Vaccination North-Western Provinces 1866-1877 - 1866-1877
Year: 1866
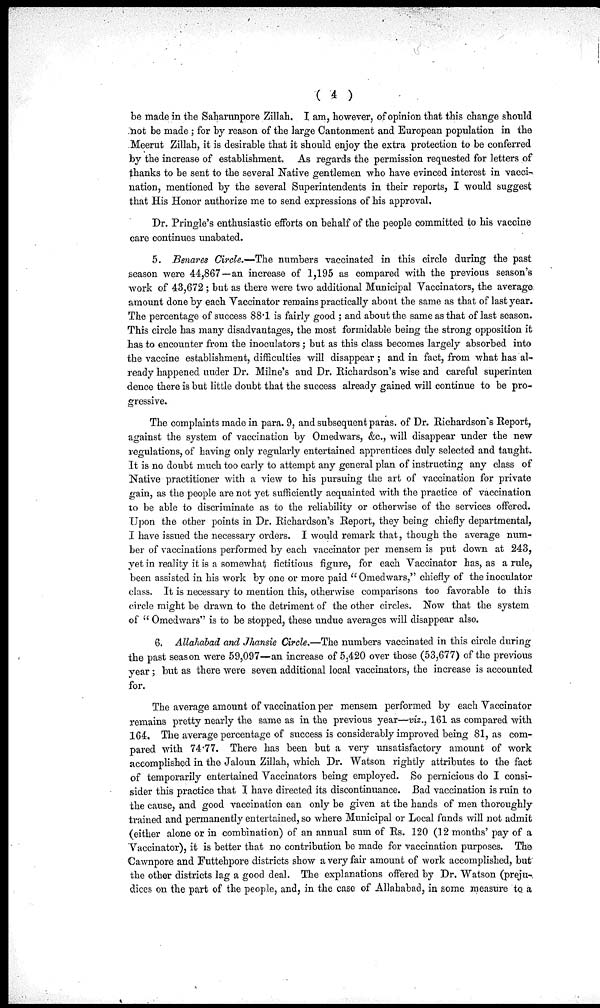
( 4 )
be made in the Saharunpore Zillah. I am, however, of opinion that this change should
not be made ; for by reason of the large Cantonment and European population in the
Meerut Zillah, it is desirable that it should enjoy the extra protection to be conferred
by the increase of establishment. As regards the permission requested for letters of
thanks to be sent to the several Native gentlemen who have evinced interest in vacci-
nation, mentioned by the several Superintendents in their reports, I would suggest
that His Honor authorize me to send expressions of his approval.
Dr. Pringle's enthusiastic efforts on behalf of the people committed to his vaccine
care continues unabated.
5. Benares Circle.—The numbers vaccinated in this circle during the past
season were 44,867—an increase of 1,195 as compared with the previous season's
work of 43,672 ; but as there were two additional Municipal Vaccinators, the average
amount done by each Vaccinator remains practically about the same as that of last year.
The percentage of success 88.1 is fairly good ; and about the same as that of last season.
This circle has many disadvantages, the most formidable being the strong opposition it
has to encounter from the inoculators ; but as this class becomes largely absorbed into
the vaccine establishment, difficulties will disappear ; and in fact, from what has al-
ready happened under Dr. Milne's and Dr. Richardson's wise and careful superinten
dence there is but little doubt that the success already gained will continue to be pro-
gressive.
The complaints made in para. 9, and subsequent paras. of Dr. Richardson's Report,
against the system of vaccination by Omedwars, &c., will disappear under the new
regulations, of having only regularly entertained apprentices duly selected and taught.
It is no doubt much too early to attempt any general plan of instructing any class of
Native practitioner with a view to his pursuing the art of vaccination for private
gain, as the people are not yet sufficiently acquainted with the practice of vaccination
to be able to discriminate as to the reliability or otherwise of the services offered.
Upon the other points in Dr. Richardson's Report, they being chiefly departmental,
I have issued the necessary orders. I would remark that, though the average num-
ber of vaccinations performed by each vaccinator per mensem is put down at 243,
yet in reality it is a somewhat fictitious figure, for each Vaccinator has, as a rule,
been assisted in his work by one or more paid "Omedwars," chiefly of the inoculator
class. It is necessary to mention this, otherwise comparisons too favorable to this
circle might be drawn to the detriment of the other circles. Now that the system
of " Omedwars'' is to be stopped, these undue averages will disappear also.
6. Allahabad and Jhansie Circle.—The numbers vaccinated in this circle during
the past season were 59,097—an increase of 5,420 over those (53,677) of the previous
year ; but as there were seven additional local vaccinators, the increase is accounted
for.
The average amount of vaccination per mensem performed by each Vaccinator
remains pretty nearly the same as in the previous year—viz., 161 as compared with
164. The average percentage of success is considerably improved being 81, as com-
pared with 74.77. There has been but a very unsatisfactory amount of work
accomplished in the Jaloun Zillah, which Dr. Watson rightly attributes to the fact
of temporarily entertained Vaccinators being employed. So pernicious do I consi¬
sider this practice that I have directed its discontinuance. Bad vaccination is ruin to
the cause, and good vaccination can only be given at the hands of men thoroughly
trained and permanently entertained, so where Municipal or Local funds will not admit
(either alone or in combination) of an annual sum of Rs. 120 (12 months' pay of a
Vaccinator), it is better that no contribution be made for vaccination purposes. The
Cawnpore and Futtehpore districts show a very fair amount of work accomplished, but
the other districts lag a good deal. The explanations offered by Dr. Watson (preju-
dices on the part of the people, and, in the case of Allahabad, in some measure to a